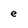
Character: e